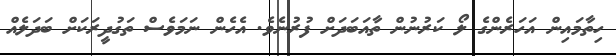
ހިތާމައިން އަހަރެންގެ ލޯ ކަރުނުން ތާއަބަދަށް ފުރުނެވެ. އެހެން ނަމަވެސް ތަގުދީރަކަށް ބަދަލެއް